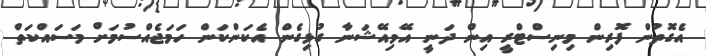
އެގޮތުން ފޮރިން މިނިސްޓްރީ އިން ދަނީ އޭވިއޭޝަނާ ގުޅިގެން އެކަންކަން ހަމަޖެއްސުމަށް މަސައްކަތް